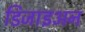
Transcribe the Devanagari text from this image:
डिजाइअन